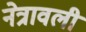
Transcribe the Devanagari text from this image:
नेत्रावली